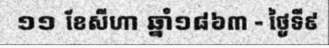
១១ ខែសីហា ឆ្នាំ១៨៦៣ - ថ្ងៃទី៩